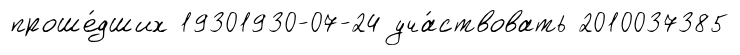
проше́дших 19301930-07-24 уча́ствовать 2010037385